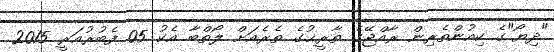
"ދިޔޯ"ގެ ކިއުންތެރިން ރާއްޖޭގެ ތާރީޚުގެ ތެރެއަށް ލޯތްބާ އެކު 05 ފެބުރުއަރީ 2015